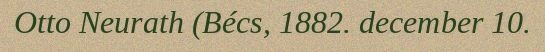
Otto Neurath (Bécs, 1882. december 10.